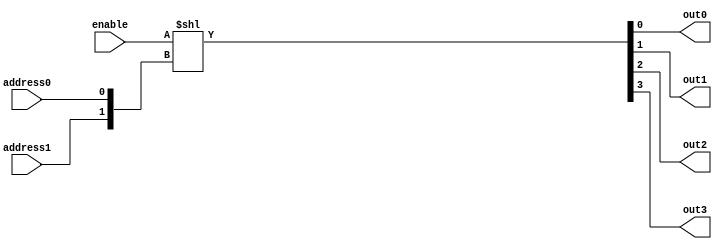
// Decoder circuit

// define gates with delays
`define AND and #50
`define OR or #50
`define NOT not #50

module behavioralDecoder
(
    output out0, out1, out2, out3,
    input address0, address1,
    input enable
);
    // Uses concatenation and shift operators
    assign {out3,out2,out1,out0}=enable<<{address1,address0};
endmodule


module structuralDecoder
(
    output out0, out1, out2, out3,
    input address0, address1,
    input enable
);
    
    wire con_0; wire con_1; wire con_2; wire con_3;
    wire tc0; wire tc1; wire tc2; wire tc3;    
    wire n0; wire n1;

    // Inverted inputs
    `NOT not_0 (n0, address0);
    `NOT not_1 (n1, address1);

    // Determine which output is connected to enable
    `AND connected_0 (con_0, n0, n1);
    `AND connected_1 (con_1, address0, n1);
    `AND connected_2 (con_2, n0, address1);
    `AND connected_3 (con_3, address0, address1);

    // Set output conditions
    `AND out0_is_true (out0, con_0, enable);
    `AND out1_is_true (out1, con_1, enable);
    `AND out2_is_true (out2, con_2, enable);
    `AND out3_is_true (out3, con_3, enable);
    
endmodule